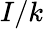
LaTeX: I/k